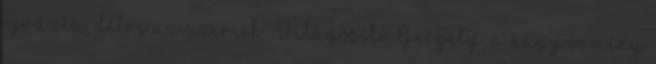
Grúzia, délre az azeriek. Világosító Gergely, a nagy örmény